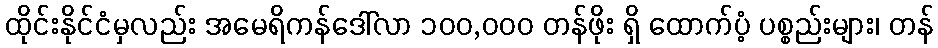
ထိုင်းနိုင်ငံမှလည်း အမေရိကန်ဒေါ်လာ ၁၀၀,၀၀၀ တန်ဖိုး ရှိ ထောက်ပံ့ ပစ္စည်းများ၊ တန်